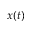
x ( t )